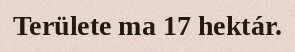
Területe ma 17 hektár.